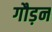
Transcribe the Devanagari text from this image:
गौड़न